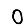
Digit: 0